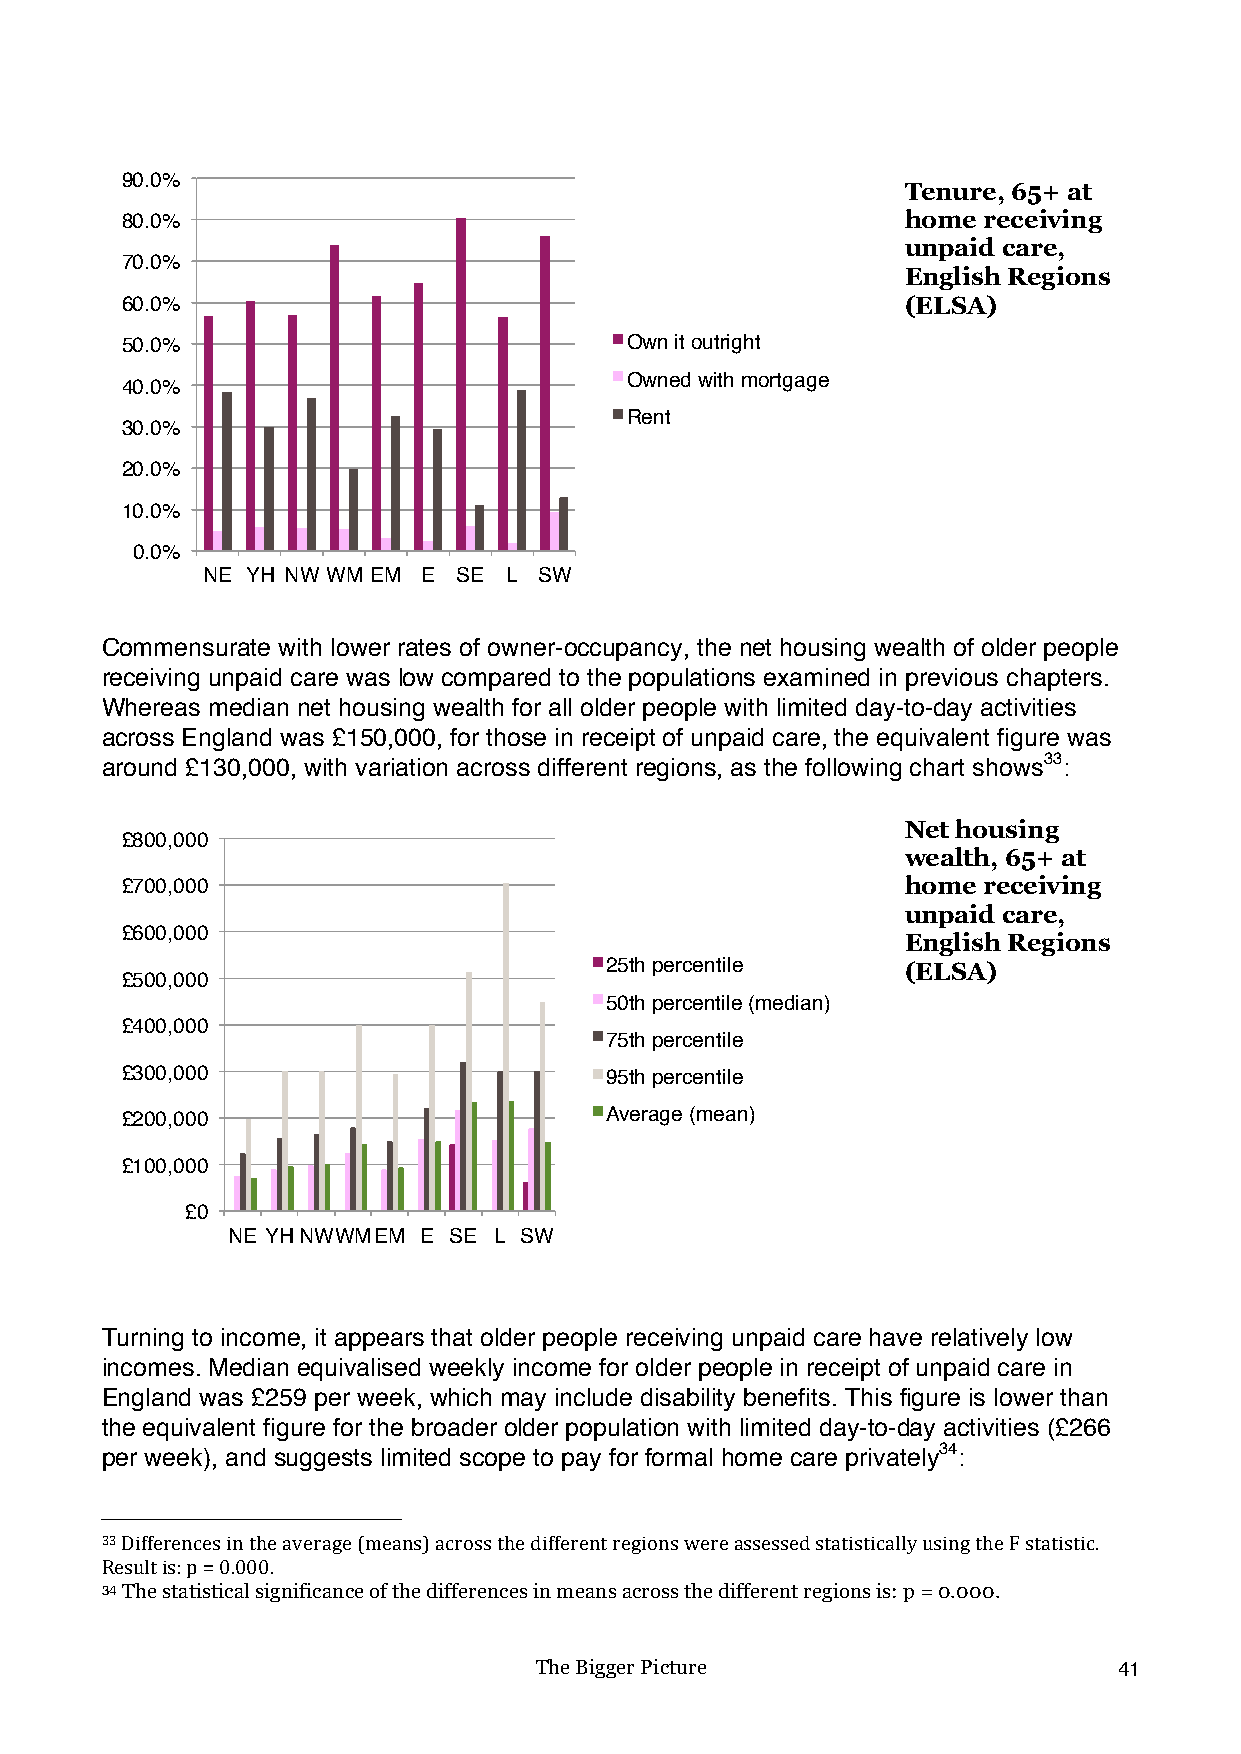
90.0%
 Tenure, 65+ at
 80.0%                                               home receiving
 unpaid care,
 70.0%
 English Regions
 60.0%                                               (ELSA)
 50.0%                            Own it outright
 Owned with mortgage
 40.0%
 Rent
 30.0%
 20.0%
 10.0%
 0.0%
 NE YH NW WM EM E SE L  SW
 !
 Commensurate with lower rates of owner-occupancy, the net housing wealth of older people
 receiving unpaid care was low compared to the populations examined in previous chapters.
 Whereas median net housing wealth for all older people with limited day-to-day activities
 across England was £150,000, for those in receipt of unpaid care, the equivalent figure was
 around £130,000, with variation across different regions, as the following chart shows33:
 Net housing
 £800,000
 wealth, 65+ at
 £700,000                                            home receiving
 unpaid care,
 £600,000
 English Regions
 25th percentile     (ELSA)
 £500,000
 50th percentile (median)
 £400,000
 75th percentile
 £300,000                        95th percentile
 £200,000                        Average (mean)
 £100,000
 £0
 NE YHNWWMEM  E SE L SW
 !
 Turning to income, it appears that older people receiving unpaid care have relatively low
 incomes. Median equivalised weekly income for older people in receipt of unpaid care in
 England was £259 per week, which may include disability benefits. This figure is lower than
 the equivalent figure for the broader older population with limited day-to-day activities (£266
 per week), and suggests limited scope to pay for formal home care privately34:
 !!!!!!!!!!!!!!!!!!!!!!!!!!!!!!!!!!!!!!!!!!!!!!!!!!!!!!!!
 33!Differences!in!the!average!(means)!across!the!different!regions!were!assessed!statistically!using!the!F!statistic.!!
 Result!is:!p!=!0.000.!
 34 The statistical significance of the differences in means across the different regions is: p = 0.000.
 The Bigger Picture                     41